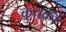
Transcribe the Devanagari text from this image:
कुचक्री